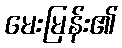
မေးမြန်း၏